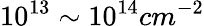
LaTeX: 10^{13}\sim 10^{14}cm^{-2}